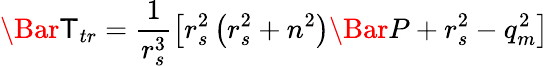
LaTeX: \Bar{\mathsf{T}}_{tr}=\frac{{1}}{{r_{s}^{3}}}\left[r_{s}^{2}\left(r_{s}^{2}+n^{2}\right)\Bar{P}+r_{s}^{2}-q_{m}^{2}\right]